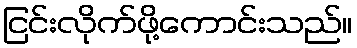
ငြင်းလိုက်ဖို့ကောင်းသည်။